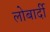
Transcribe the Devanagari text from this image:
लोबार्दी